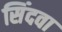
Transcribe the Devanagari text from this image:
सिंदवा